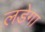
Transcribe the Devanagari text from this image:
लडेगा